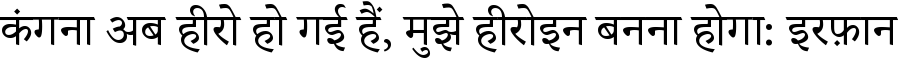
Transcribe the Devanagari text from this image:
कंगना अब हीरो हो गई हैं, मुझे हीरोइन बनना होगा: इरफ़ान